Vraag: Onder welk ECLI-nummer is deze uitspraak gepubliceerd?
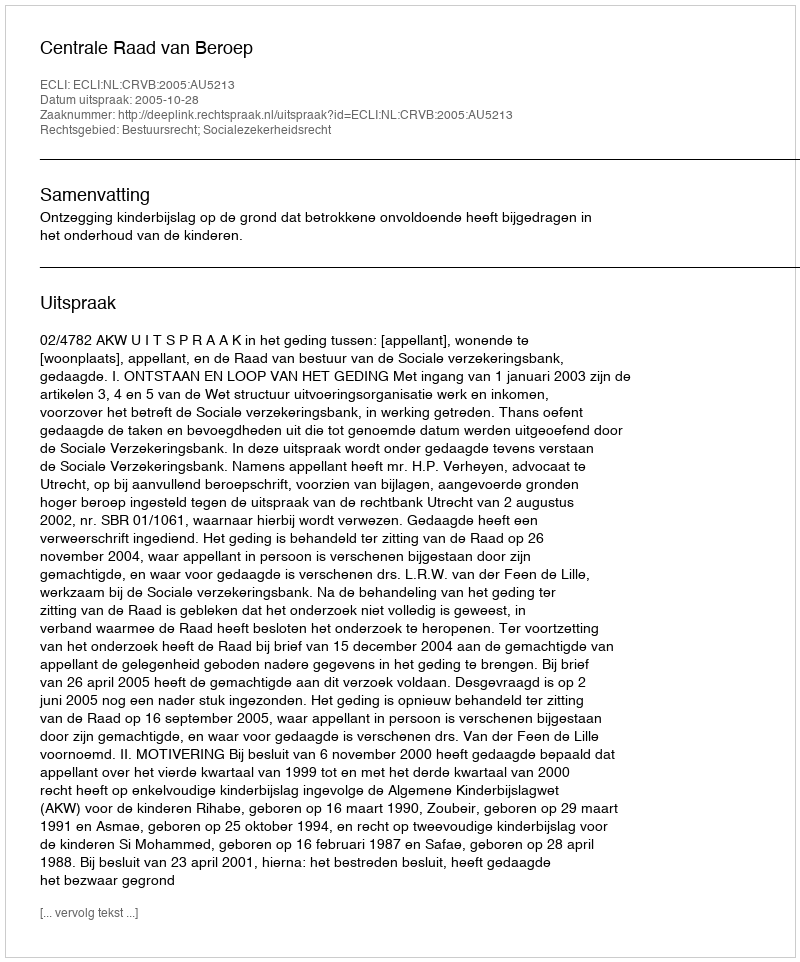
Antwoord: ECLI:NL:CRVB:2005:AU5213